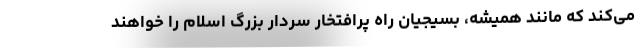
می‌کند که مانند همیشه، بسیجیان راه پرافتخار سردار بزرگ اسلام را خواهند